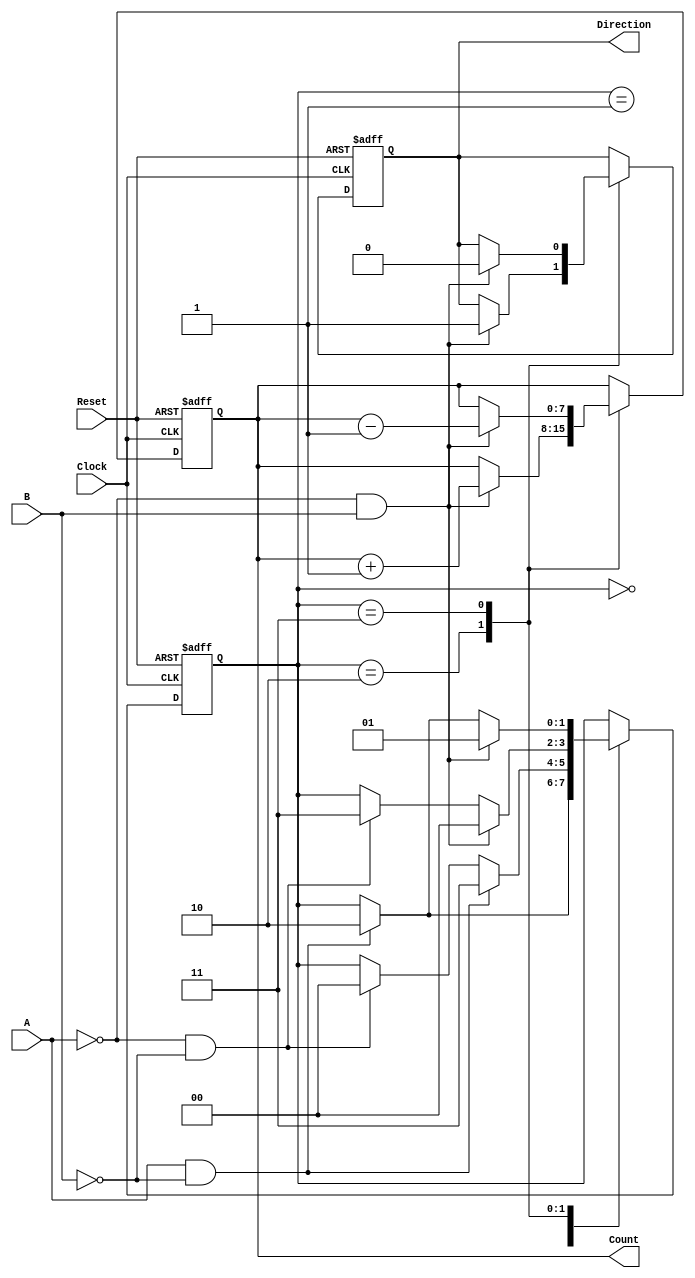
module rotary_encoder (
    input wire A,          // Input signal A from the rotary encoder
    input wire B,          // Input signal B from the rotary encoder
    input wire Reset,      // Reset signal
    input wire Clock,      // Clock signal
    output reg [7:0] Count, // 8-bit count output
    output reg Direction    // Direction output (1 for CW, 0 for CCW)
);

    // Internal state to store the last known states of A and B
    reg [1:0] last_state;

    // State encoding
    localparam [1:0] 
        STATE_A0B0 = 2'b00,
        STATE_A0B1 = 2'b01,
        STATE_A1B0 = 2'b10,
        STATE_A1B1 = 2'b11;

    always @(posedge Clock or posedge Reset) begin
        if (Reset) begin
            Count <= 8'b0; // Reset count to zero
            Direction <= 1'b0; // Default direction
            last_state <= STATE_A0B0; // Reset state
        end else begin
            // Detect state change
            case (last_state)
                STATE_A0B0: begin
                    if (A && !B) begin
                        last_state <= STATE_A1B0; // Transition to A1B0
                    end
                end
                STATE_A0B1: begin
                    if (A && !B) begin
                        last_state <= STATE_A1B1; // Transition to A1B1
                    end else if (!A && !B) begin
                        last_state <= STATE_A0B0; // Transition to A0B0
                    end
                end
                STATE_A1B0: begin
                    if (!A && B) begin
                        last_state <= STATE_A0B0; // Transition to A0B0
                        Count <= Count + 1; // Increment count (CW)
                        Direction <= 1'b1; // Clockwise
                    end else if (!A && !B) begin
                        last_state <= STATE_A1B1; // Transition to A1B1
                    end
                end
                STATE_A1B1: begin
                    if (!A && B) begin
                        last_state <= STATE_A0B1; // Transition to A0B1
                        Count <= Count - 1; // Decrement count (CCW)
                        Direction <= 1'b0; // Counterclockwise
                    end else if (A && !B) begin
                        last_state <= STATE_A1B0; // Transition to A1B0
                    end
                end
            endcase
        end
    end
endmodule